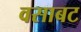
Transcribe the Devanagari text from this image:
वसाबट